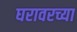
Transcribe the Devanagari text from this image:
घरावरच्या